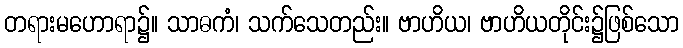
တရားမဟောရာ၌။ သာဓကံ၊ သက်သေတည်း။ ဗာဟိယ၊ ဗာဟိယတိုင်း၌ဖြစ်သော